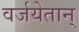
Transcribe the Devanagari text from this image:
वर्जयेतान्